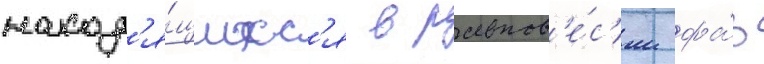
наход'я́щихс'я в равнов'е́с'ии фа́з